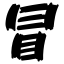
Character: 冒